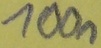
Text: 100n